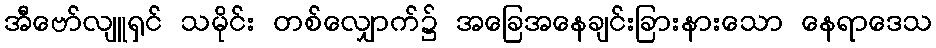
အီဗော်လျူရှင် သမိုင်း တစ်လျှောက်၌ အခြေအနေချင်းခြားနားသော နေရာဒေသ